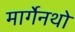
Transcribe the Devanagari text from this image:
मार्गेनथो